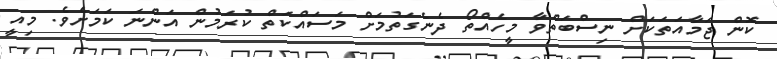
ކޮން ޖަމާއަތަކަށް ނިސްބަތްވާ މީހެއްތޯ ދެނެގަތުމަށް މަސައްކަތް ކުރަމުން އަންނަ ކަމަށެވެ. މިއީ